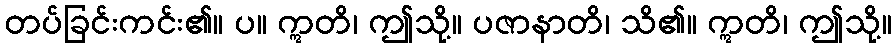
တပ်ခြင်းကင်း၏။ ပ။ ဣတိ၊ ဤသို့။ ပဇာနာတိ၊ သိ၏။ ဣတိ၊ ဤသို့။